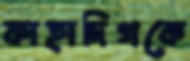
কাহাদিগকে